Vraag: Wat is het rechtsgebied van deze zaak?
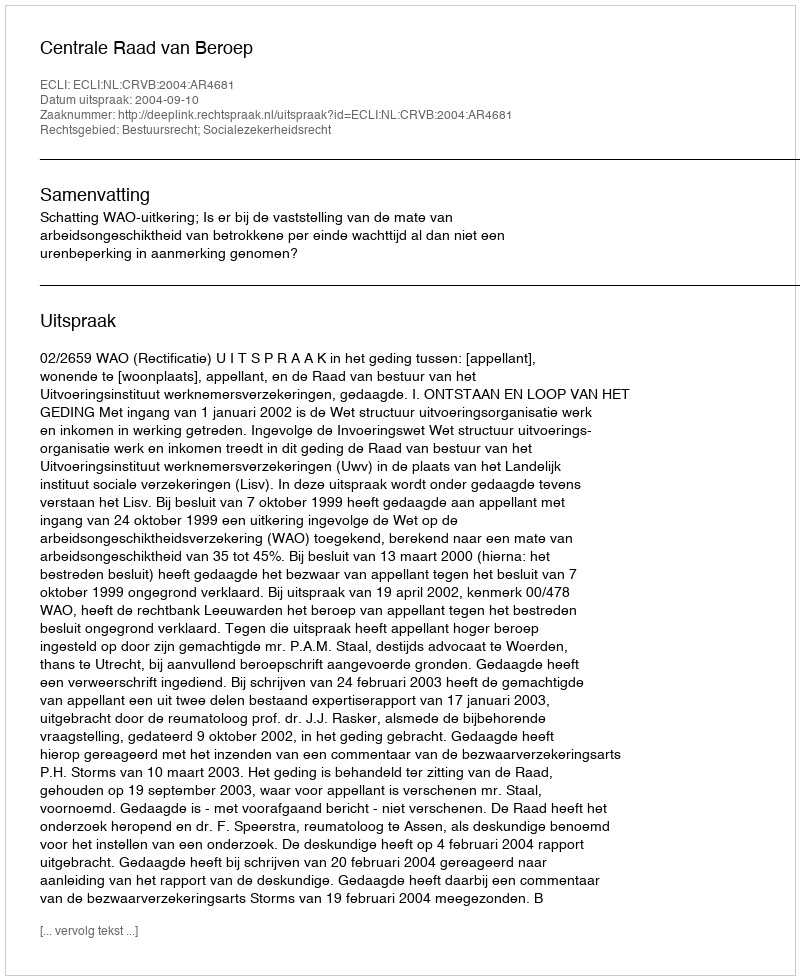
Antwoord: Bestuursrecht; Socialezekerheidsrecht